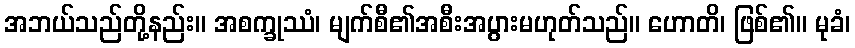
အဘယ်သည်တို့နည်း။ အစက္ခုဿံ၊ မျက်စီ၏အစီးအပွားမဟုတ်သည်။ ဟောတိ၊ ဖြစ်၏။ မုခံ၊